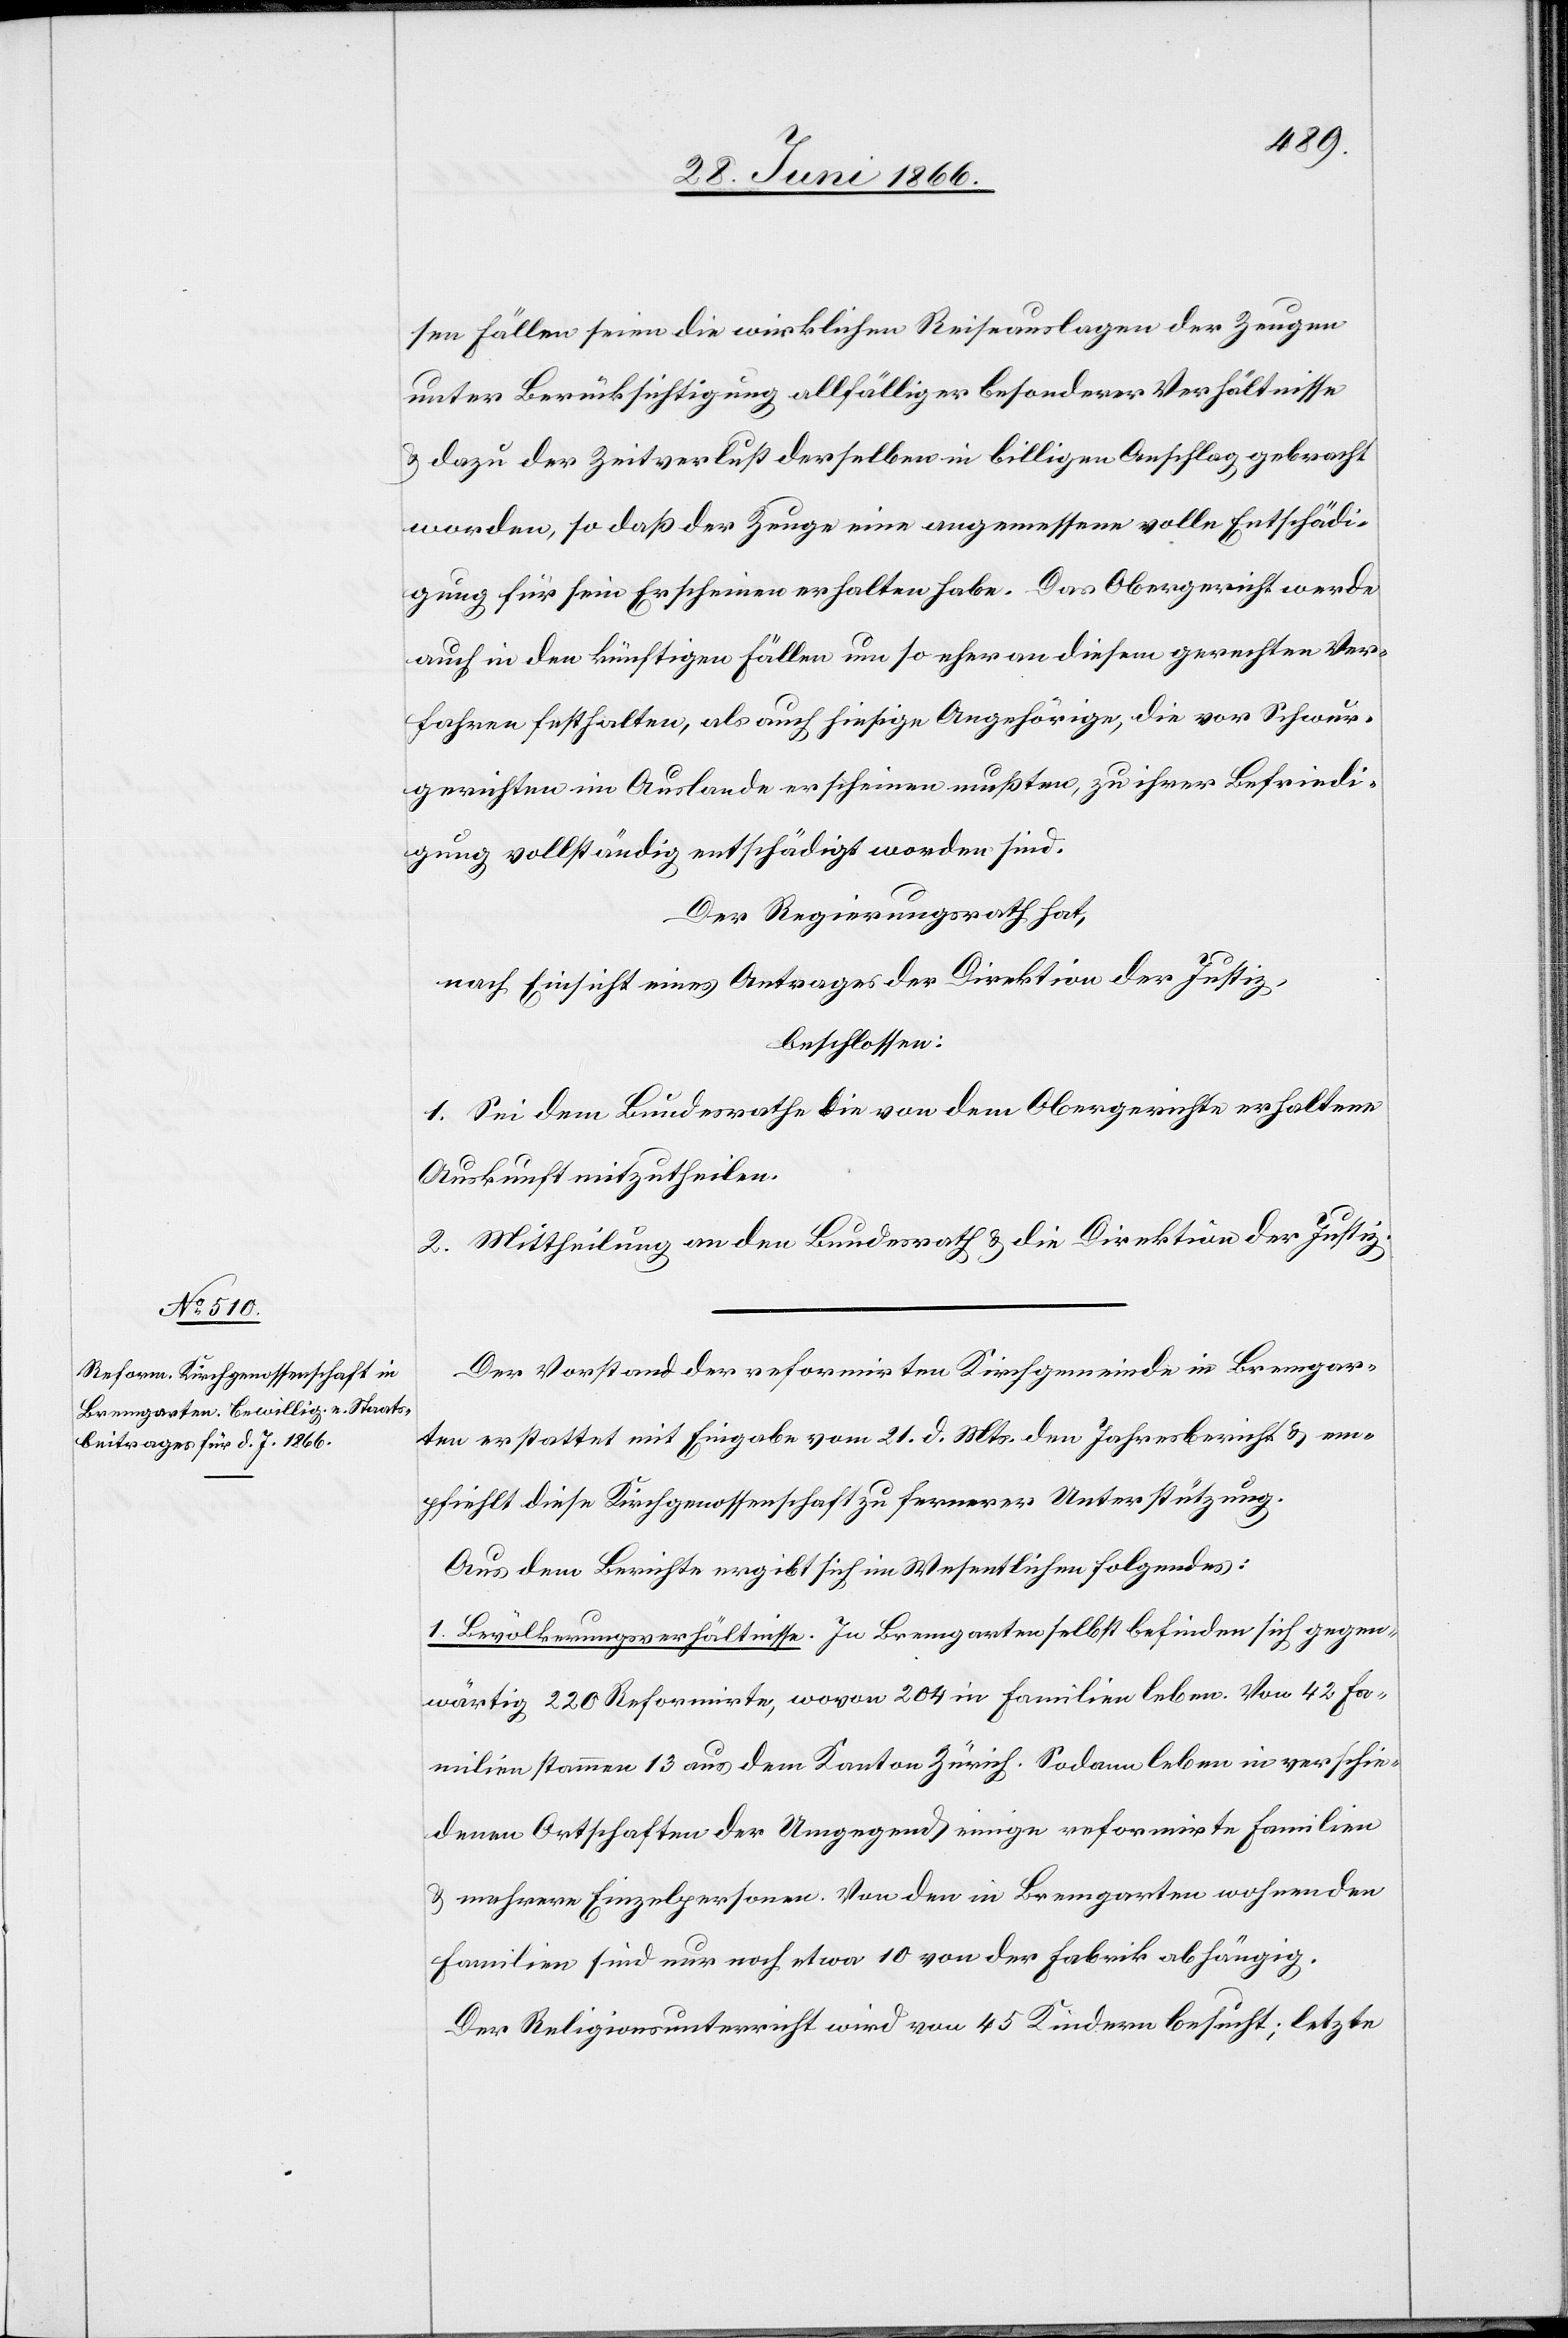
sen Fällen seien die wirklichen Reiseauslagen der Zeugen
unter Berücksichtigung allfälliger besonderer Verhältnisse
u. dazu der Zeitverlust derselben in billigen Anschlag gebracht
worden, so daß der Zeuge eine angemessene volle Entschädi¬
gung für sein Erscheinen erhalten habe. Das Obergericht werde
auch in den künftigen Fällen um so eher an diesem gerechten Ver¬
fahren festhalten, als auch hiesige Angehörige, die vor Schwur¬
gerichten im Auslande erscheinen mußten, zu ihrer Befriedi¬
gung vollständig entschädigt worden sind.
Der Regierungsrath hat,
nach Einsicht eines Antrages der Direktion der Justiz,
beschlossen:
1. Sei dem Bundesrathe die von dem Obergerichte erhaltene
Auskunft mitzutheilen.
2. Mittheilung an den Bundesrath u. die Direktion der Justiz.
Der Vorstand der reformirten Kirchgemeinde in Bremgar¬
ten erstattet mit Eingabe vom 21. d. Mts. den Jahresbericht u. em¬
pfiehlt diese Kirchgenossenschaft zu fernerer Unterstützung.
Aus dem Berichte ergibt sich im Wesentlichen folgendes:
1. Bevölkerungsverhältnisse. In Bremgarten befinden sich gegen¬
wärtig 220 Reformirte, wovon 204 in Familien leben. Von 42 Fa¬
milien stammen 13 aus dem Kanton Zürich. Sodann leben in verschie¬
denen Ortschaften der Umgegend einige reformirte Familien
u. mehrere Einzelpersonen. Von den in Bremgarten wohnenden
Familien sind nur noch etwa 10 von der Fabrik abhängig.
Der Religionsunterricht wird von 45 Kindern besucht; letzte